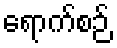
ရောက်စဉ်